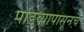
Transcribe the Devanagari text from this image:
पाडव्यापासूनच